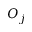
O _ { j }